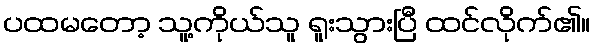
ပထမတော့ သူ့ကိုယ်သူ ရူးသွားပြီ ထင်လိုက်၏။